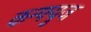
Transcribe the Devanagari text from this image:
कन्फ्युज